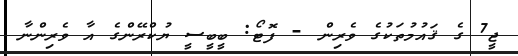
ޖީ7 ގެ ޤައުމުތަކުގެ ވެރިން - ފޮޓޯ: ބީބީސީ ޔުކްރޭންގެ އާ ވެރިންނާ